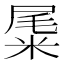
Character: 𥹹